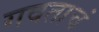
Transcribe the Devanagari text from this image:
गवताचं